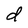
Character: d